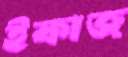
ইফাজ